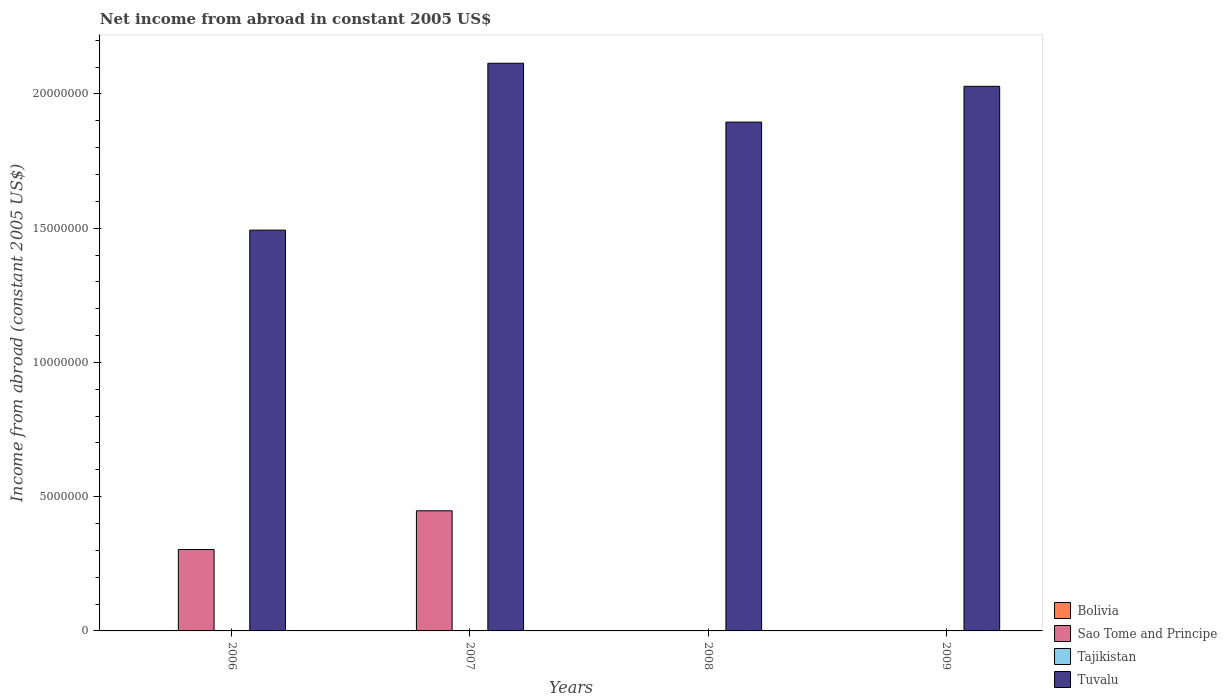
| Years | Bolivia | Sao Tome and Principe | Tajikistan | Tuvalu |
 | --- | --- | --- | --- | --- |
 | 2006 | -3.97e+08 | 3.03e+06 | -1.01e+08 | 1.49e+07 |
 | 2007 | -4.89e+08 | 4.47e+06 | -8.59e+07 | 2.11e+07 |
 | 2008 | -5.36e+08 | -7.19e+04 | -5.29e+07 | 1.9e+07 |
 | 2009 | -6.74e+08 | -2.84e+05 | -7.13e+07 | 2.03e+07 |